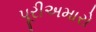
પૂરીઅમારો